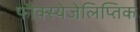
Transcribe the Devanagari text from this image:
फौक्स्येजेलिप्तिक